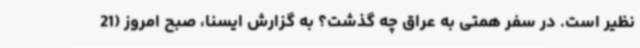
نظیر است. در سفر همتی به عراق چه گذشت؟ به گزارش ایسنا، صبح امروز (21